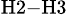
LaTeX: _\mathrm{H2-H3}